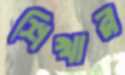
শিখার